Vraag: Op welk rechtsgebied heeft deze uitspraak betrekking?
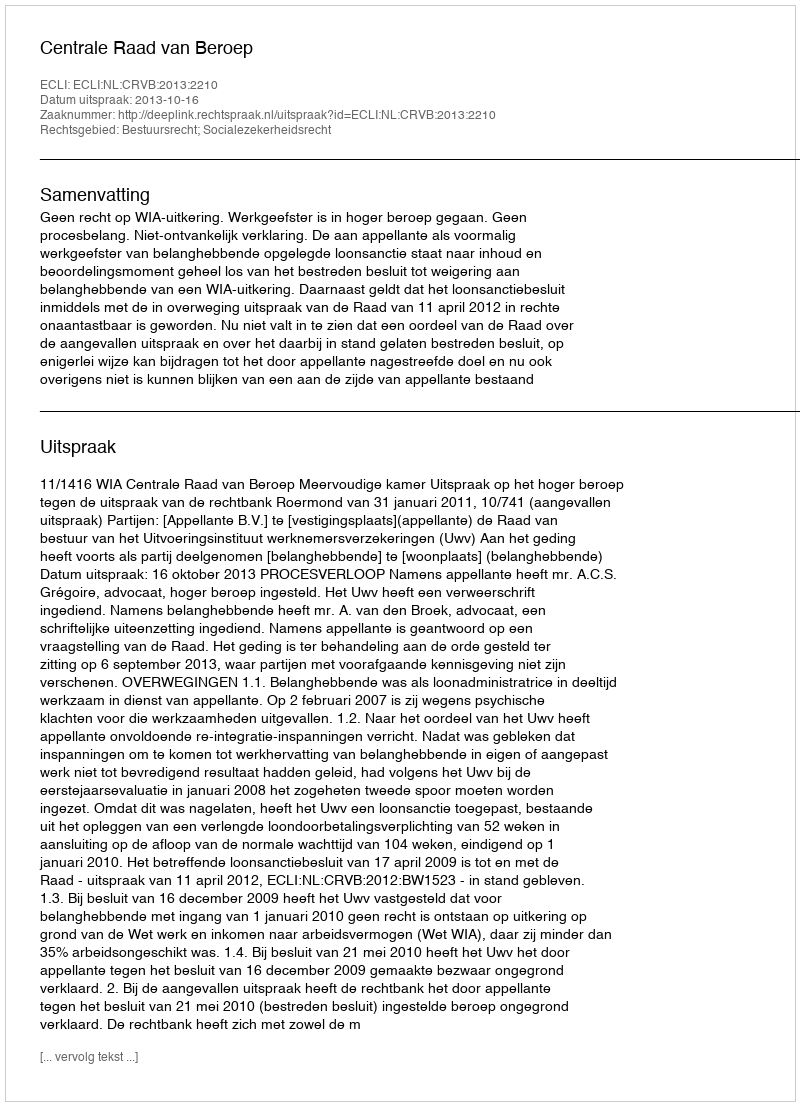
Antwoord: Bestuursrecht; Socialezekerheidsrecht